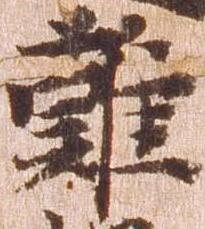
難